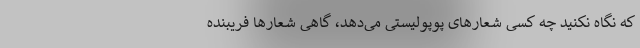
که نگاه نکنید چه کسی شعارهای پوپولیستی می‌دهد، گاهی شعارها فریبنده